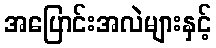
အပြောင်းအလဲများနှင့်